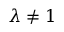
\lambda \neq 1